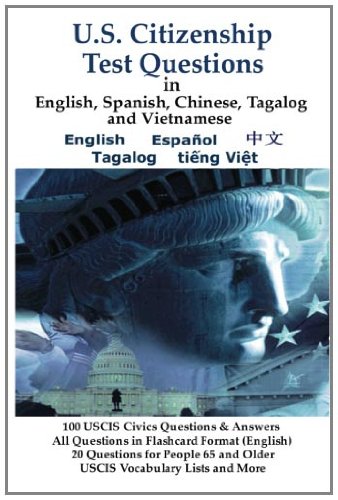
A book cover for U.S. Citizenship Test Questions (Multilingual Edition) in English, Spanish, Chinese, Tagalog and Vietnamese; U.S. Citizenship and Immigration Services uscis; Test Preparation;